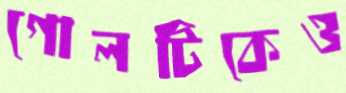
গোলটিকেও